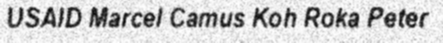
USAID Marcel Camus Koh Roka Peter